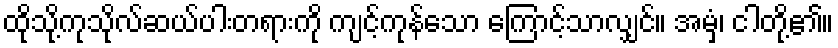
ထိုသို့ကုသိုလ်ဆယ်ပါးတရားကို ကျင့်ကုန်သော ကြောင့်သာလျှင်။ အမှံ၊ ငါတို့၏။